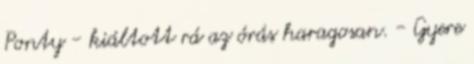
Ponty - kiáltott rá az órás haragosan. - Gyere